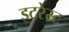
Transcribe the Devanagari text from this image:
इटरेस्‍ट